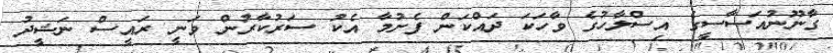
ގާނޫނުއަސާސީގެ އިސްލާހުގެ ވާހަކަ ދައްކަން ފެށުމާ އެކު ސަރުކާރުން ވަނީ ރައީސް ނަޝީދު